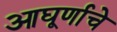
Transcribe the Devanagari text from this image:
आघूर्णाचे